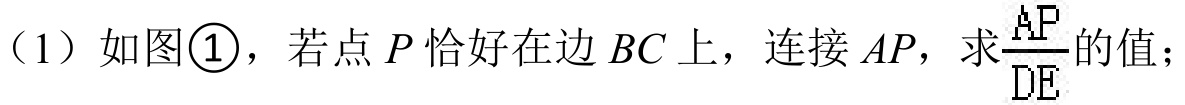
（1）如图\textcircled{1}，若点\(P\)恰好在边\(BC\)上，连接\(AP\)，求\(\frac{AP}{DE}\)的值；